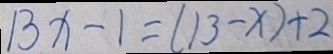
1 3 x - 1 = ( 1 3 - x ) + 2